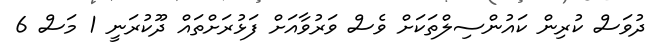
ދުވަސް ކުރިން ކައުންސިލްތަކަށް ވެސް ވަރުވާއަށް ފަޅުރަށްތައް ދޫކުރަނީ 1 މަސް 6